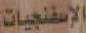
الإسفنجيات